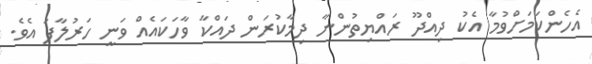
އެހެންކަމަށްވުމާ އެކު ދިއްދޫ ރައްޔިތުންނާ ދިމާކުރަން ދައްކާ ވާހަކައެއް ވަނީ ހަރުލާފަ އެވެ.